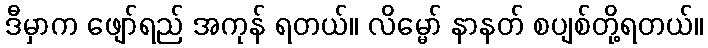
ဒီမှာက ဖျော်ရည် အကုန် ရတယ်။ လိမ္မော် နာနတ် စပျစ်တို့ရတယ်။